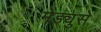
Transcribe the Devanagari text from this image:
मेड्युसे